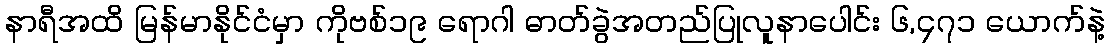
နာရီအထိ မြန်မာနိုင်ငံမှာ ကိုဗစ်၁၉ ရောဂါ ဓာတ်ခွဲအတည်ပြုလူနာပေါင်း ၆,၄၇၁ ယောက်နဲ့